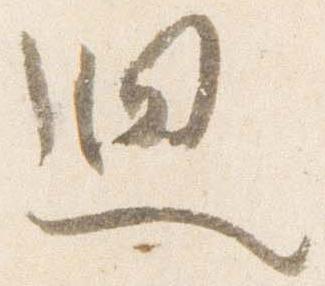
廻